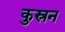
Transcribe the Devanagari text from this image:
कुस्रन